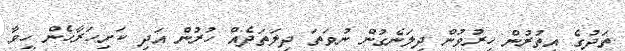
ތަދުގެ އިތުރުން ހިރުވުން ދިލަނެގުން ނުވަތަ ދިލަތަދެއް ހުރުން އަދި ކަށިހަރާހެން ހީވާ